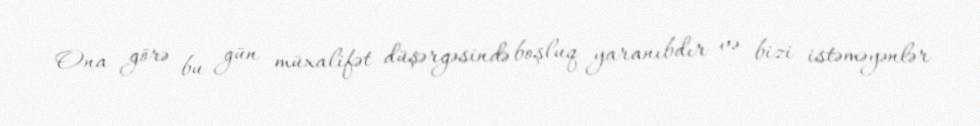
Ona görə bu gün müxalifət düşərgəsində boşluq yaranıbdır və bizi istəməyənlər